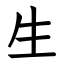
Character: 生